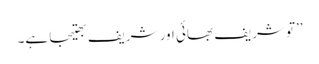
’’تو شریف بھائی اور شریف بھتیجا ہے۔